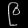
Digit: ၉